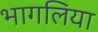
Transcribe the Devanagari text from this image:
भागलिया